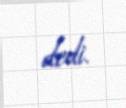
dedi.